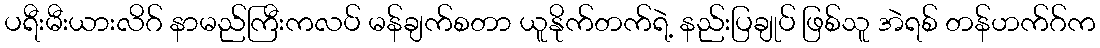
ပရီးမီးယားလိဂ် နာမည်ကြီးကလပ် မန်ချက်စတာ ယူနိုက်တက်ရဲ့ နည်းပြချုပ် ဖြစ်သူ အဲရစ် တန်ဟက်ဂ်က